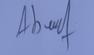
Signature authenticity: forged